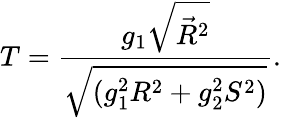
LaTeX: T=\frac{g_{1}\sqrt{\vec{R}^{2}}}{\sqrt{(g_{1}^{2}R^{2}+g_{2}^{2}S^{2})}}.